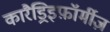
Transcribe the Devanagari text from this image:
कारैड्रिइफ़ॉर्मीज़